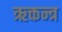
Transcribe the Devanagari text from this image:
ऋक्तन्त्र